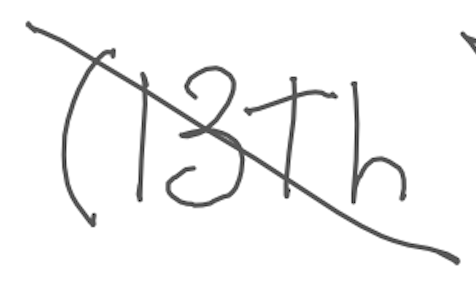
Text: (13th
Cross-out: diagonal
Writing tool: digital_gray